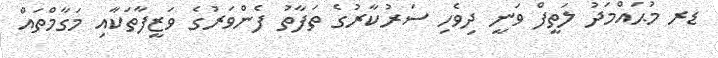
ޑރ މުޙައްމަދު ލަތީފް ވަނީ ދިވެހި ސަރުކާރުގެ ތަފާތު ފެންވަރުގެ ވަޒީފާތަކާއި މަގާމްތައް